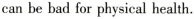
can be bad for physical health.